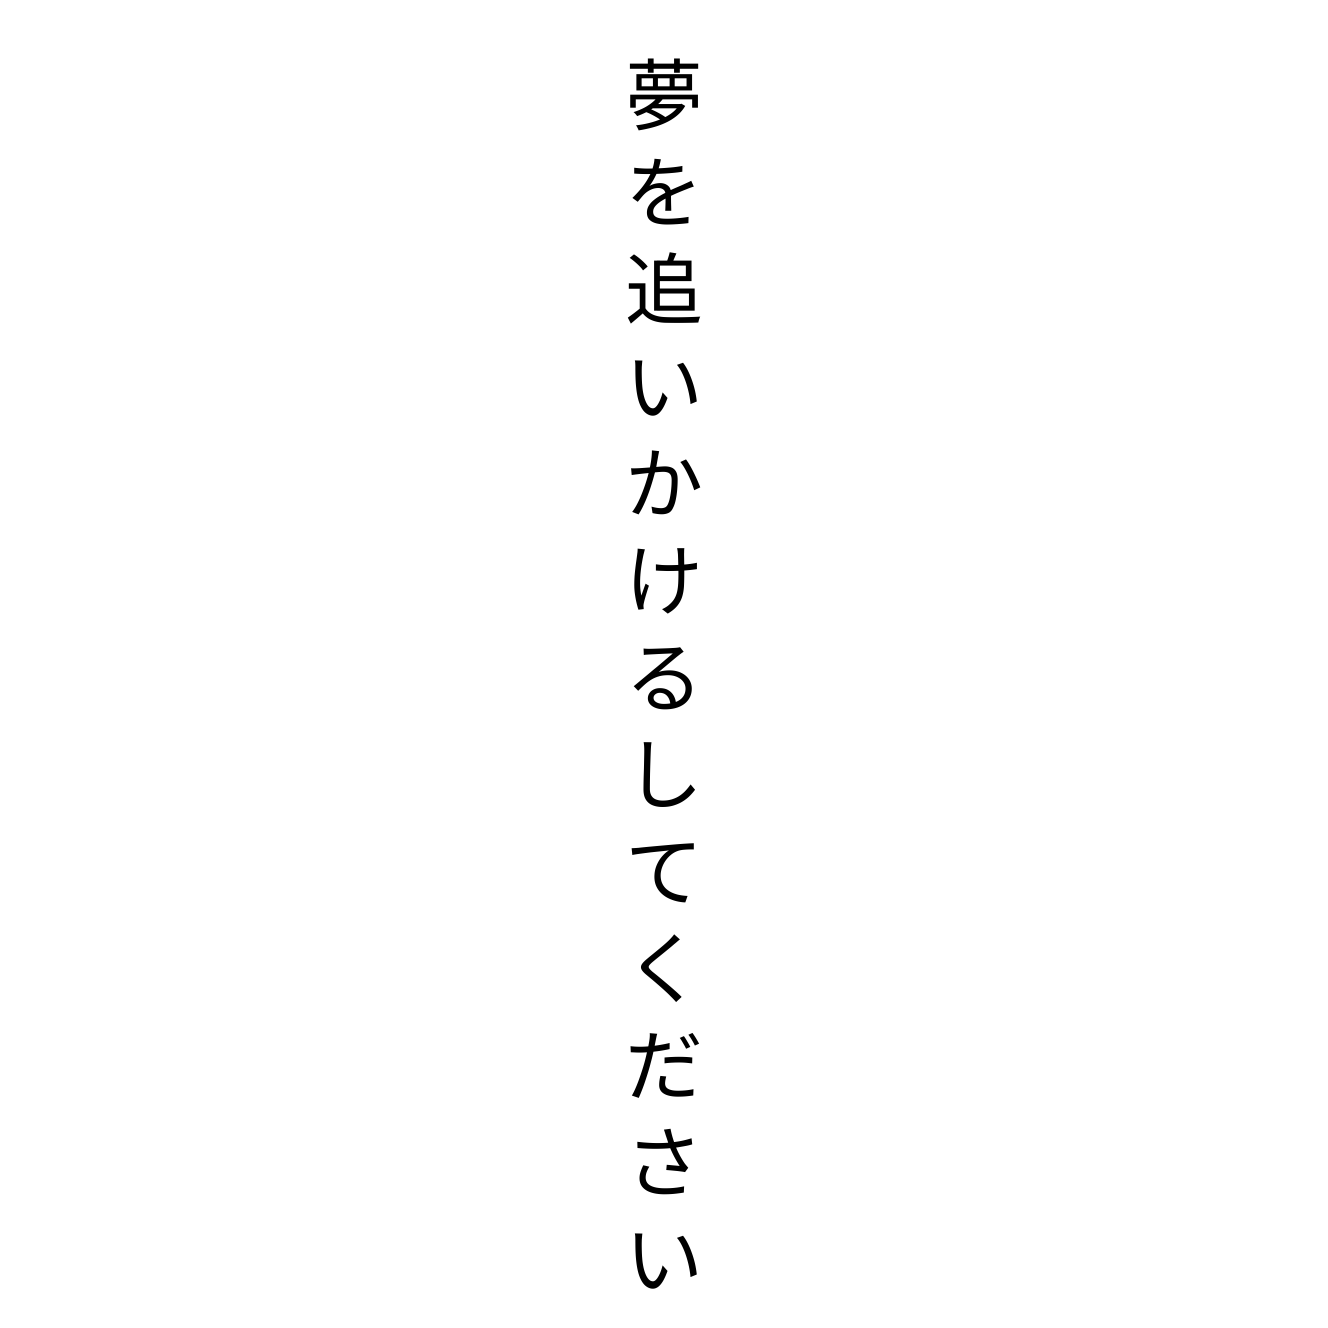
夢を追いかけるしてください